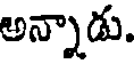
అన్నాడు.